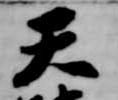
天